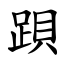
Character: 䟺